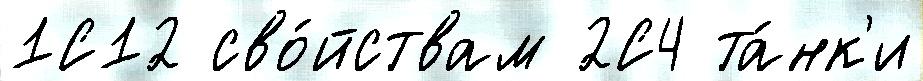
1С12 сво́йствам 2С4 та́нк'и